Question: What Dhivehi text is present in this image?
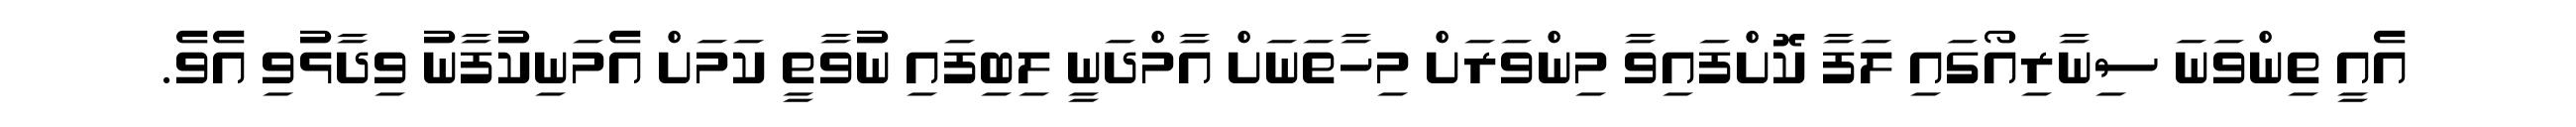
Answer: އެއީ ތިންވަނަ ސިނާރިއޯގައި ލަފާ ކޮށްފައިވާ މިންވަރަށް މިހާތަނަށް އާމްދަނީ ލިބިފައި ނުވާތީ ކަމަށް އެމަނިކުފާނު ވިދާޅުވި އެވެ.